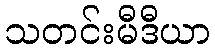
သတင်းမီဒီယာ